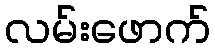
လမ်းဖောက်